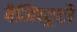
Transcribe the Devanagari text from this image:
मैजिस्ट्रटों